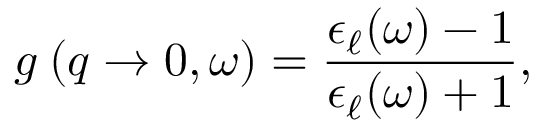
g _ { \mathrm { \ell } } ( q \to 0 , \omega ) = \frac { \epsilon _ { \ell } ( \omega ) - 1 } { \epsilon _ { \ell } ( \omega ) + 1 } ,